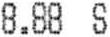
8.88 S